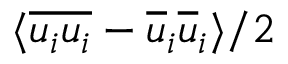
\langle \overline { { u _ { i } u _ { i } } } - \overline { { u } } _ { i } \overline { { u } } _ { i } \rangle / 2